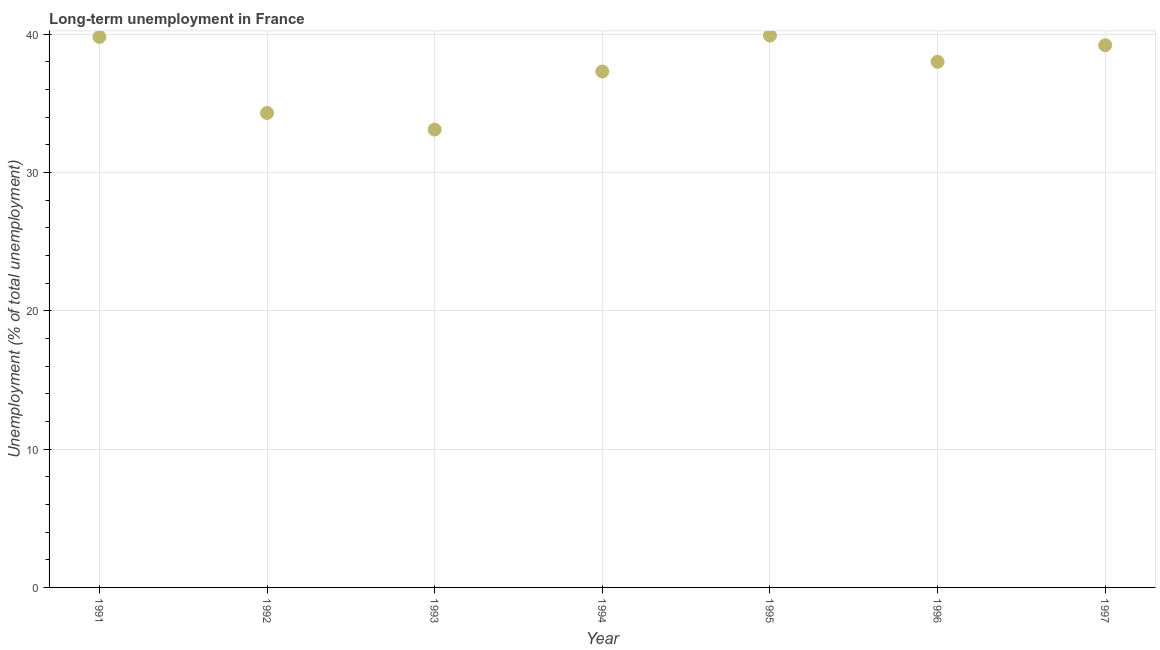
| Year | Long-term unemployment  |
 | --- | --- |
 | 1991 | 39.8 |
 | 1992 | 34.3 |
 | 1993 | 33.1 |
 | 1994 | 37.3 |
 | 1995 | 39.9 |
 | 1996 | 38 |
 | 1997 | 39.2 |